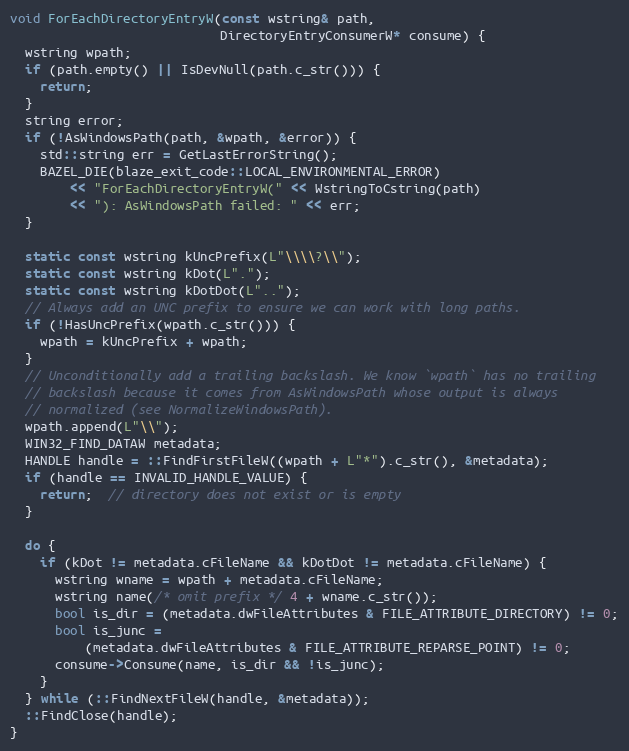
Language: C++
void ForEachDirectoryEntryW(const wstring& path,
                            DirectoryEntryConsumerW* consume) {
  wstring wpath;
  if (path.empty() || IsDevNull(path.c_str())) {
    return;
  }
  string error;
  if (!AsWindowsPath(path, &wpath, &error)) {
    std::string err = GetLastErrorString();
    BAZEL_DIE(blaze_exit_code::LOCAL_ENVIRONMENTAL_ERROR)
        << "ForEachDirectoryEntryW(" << WstringToCstring(path)
        << "): AsWindowsPath failed: " << err;
  }

  static const wstring kUncPrefix(L"\\\\?\\");
  static const wstring kDot(L".");
  static const wstring kDotDot(L"..");
  // Always add an UNC prefix to ensure we can work with long paths.
  if (!HasUncPrefix(wpath.c_str())) {
    wpath = kUncPrefix + wpath;
  }
  // Unconditionally add a trailing backslash. We know `wpath` has no trailing
  // backslash because it comes from AsWindowsPath whose output is always
  // normalized (see NormalizeWindowsPath).
  wpath.append(L"\\");
  WIN32_FIND_DATAW metadata;
  HANDLE handle = ::FindFirstFileW((wpath + L"*").c_str(), &metadata);
  if (handle == INVALID_HANDLE_VALUE) {
    return;  // directory does not exist or is empty
  }

  do {
    if (kDot != metadata.cFileName && kDotDot != metadata.cFileName) {
      wstring wname = wpath + metadata.cFileName;
      wstring name(/* omit prefix */ 4 + wname.c_str());
      bool is_dir = (metadata.dwFileAttributes & FILE_ATTRIBUTE_DIRECTORY) != 0;
      bool is_junc =
          (metadata.dwFileAttributes & FILE_ATTRIBUTE_REPARSE_POINT) != 0;
      consume->Consume(name, is_dir && !is_junc);
    }
  } while (::FindNextFileW(handle, &metadata));
  ::FindClose(handle);
}